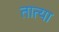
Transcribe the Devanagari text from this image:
तात्‍या